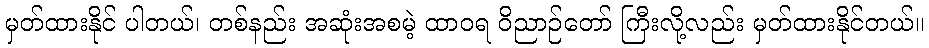
မှတ်ထားနိုင် ပါတယ်၊ တစ်နည်း အဆုံးအစမဲ့ ထာဝရ ဝိညာဉ်တော် ကြီးလို့လည်း မှတ်ထားနိုင်တယ်။